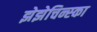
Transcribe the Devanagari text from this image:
झेझेचिन्स्का